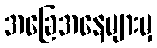
အခြေအနေများမှ